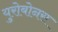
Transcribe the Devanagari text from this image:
युरोबोनस